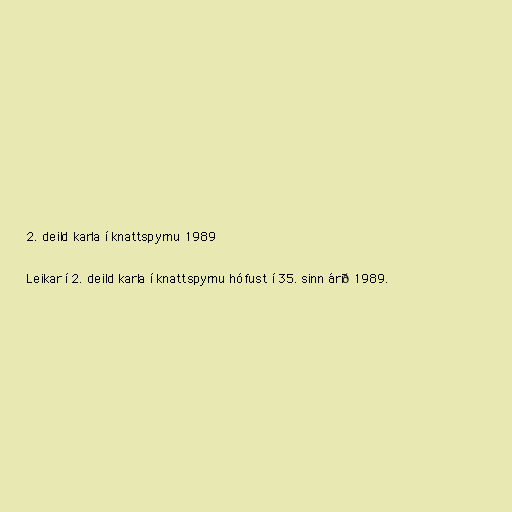
2. deild karla í knattspyrnu 1989

Leikar í 2. deild karla í knattspyrnu hófust í 35. sinn árið 1989.